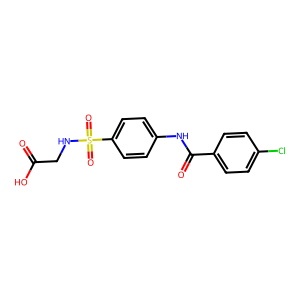
SMILES: O=C(O)CNS(=O)(=O)c1ccc(NC(=O)c2ccc(Cl)cc2)cc1
Inhibits HIV replication: No